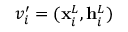
v _ { i } ^ { \prime } = ( \mathbf { x } _ { i } ^ { L } , \mathbf { h } _ { i } ^ { L } )